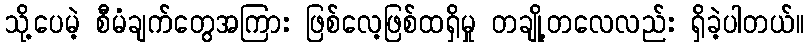
သို့ပေမဲ့ စီမံချက်တွေအကြား ဖြစ်လေ့ဖြစ်ထရှိမှု တချို့တလေလည်း ရှိခဲ့ပါတယ်။